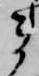
ま